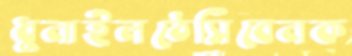
ধুনাইলঠেসিবেনক